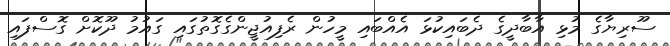
ސޫރިޔާގެ މުޅި އާބާދީގެ ދެބައިކުޅަ އެއްބައި މީހުން ރެފިއުޖީންގެގޮތުގައި ގައުމު ދޫކޮށް ގޮސްފައި